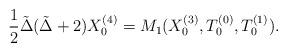
LaTeX: \begin{align*} \frac{1}{2} \tilde \Delta(\tilde \Delta+2) X_0^{(4)} = M_1(X_0^{(3)}, T_0^{(0)}, T_0^{(1)}).\end{align*}